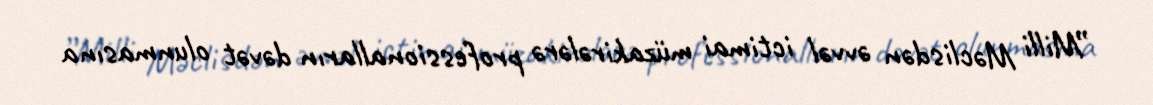
”Milli Məclisdən əvvəl ictimai müzakirələrə professionalların dəvət olunmasına